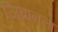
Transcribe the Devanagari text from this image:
जिब्रानला